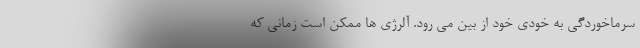
سرماخوردگی به خودی خود از بین می رود. آلرژی ها ممکن است زمانی که